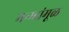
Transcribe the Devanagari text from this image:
मन्म्हांमूळ